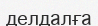
делдалға